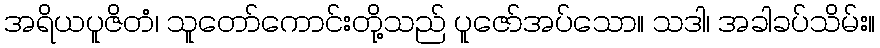
အရိယပူဇိတံ၊ သူတော်ကောင်းတို့သည် ပူဇော်အပ်သော။ သဒါ၊ အခါခပ်သိမ်း။